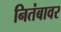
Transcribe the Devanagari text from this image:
नितंबावर